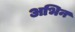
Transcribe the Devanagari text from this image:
अभिन